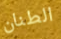
الطنان